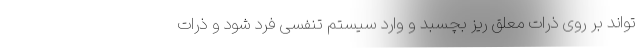
تواند بر روی ذرات معلق ریز بچسبد و وارد سیستم تنفسی فرد شود و ذرات